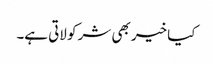
کیا خیر بھی شر کو لاتی ہے۔